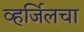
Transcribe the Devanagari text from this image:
व्हर्जिलचा